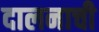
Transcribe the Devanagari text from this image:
दालनाची